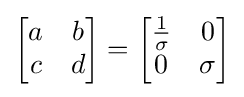
{\begin{bmatrix}a&b\\c&d\end{bmatrix}}={\begin{bmatrix}{\frac {1}{\sigma }}&0\\0&\sigma \end{bmatrix}}